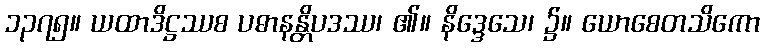
၁၃၇၅။ ယထာဒိဋ္ဌဿစ ပဓာနန္တိပဒဿ၊ ၏။ နိဒ္ဒေသေ၊ ၌။ ယောစေတသိကော